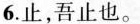
6.止，吾止也。